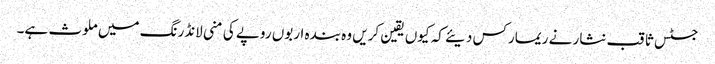
جسٹس ثاقب نثار نے ریمارکس دیئے کہ کیوں یقین کریں وہ بندہ اربوں روپے کی منی لانڈرنگ میں ملوث ہے۔